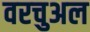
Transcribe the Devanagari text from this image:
वरचुअल